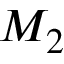
M _ { 2 }